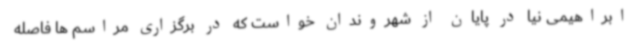
ابراهیمی نیا در پایان از شهروندان خواست که در برگزاری مراسم ها فاصله